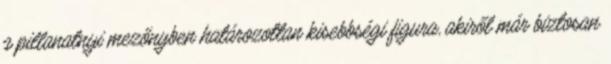
a pillanatnyi mezőnyben határozottan kisebbségi figura, akiről már biztosan